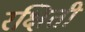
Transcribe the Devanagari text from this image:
रक्षिती